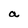
Character: a